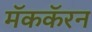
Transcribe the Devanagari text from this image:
मॅककॅरन